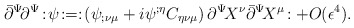
\begin{align*}\bar{\partial}^{\Psi}\!\partial^{\Psi}\!:\!\psi\! :=:\!\left(\psi_{;\nu\mu}+i\psi^{;\eta}C_{\eta\nu\mu}\right)\partial^\Psi\! X^{\nu}\bar{\partial}^\Psi\! X^{\mu}\! :+O(\epsilon^4) .\end{align*}